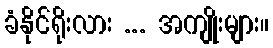
ခံနိုင်ရိုးလား ... အကျိုးများ။